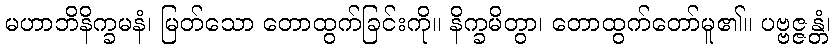
မဟာဘိနိက္ခမနံ၊ မြတ်သော တောထွက်ခြင်းကို။ နိက္ခမိတွာ၊ တောထွက်တော်မူ၏။ ပဗ္ဗဇ္ဇန္တံ၊